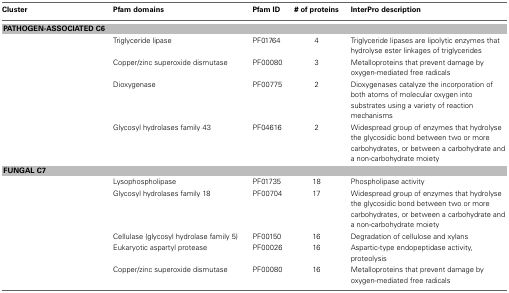
<table><thead><tr><td><b>Cluster</b></td><td><b>Pfam domains</b></td><td><b>Pfam ID</b></td><td><b># of proteins</b></td><td><b>InterPro description</b></td></tr></thead><tbody><tr><td colspan="5"><b>PATHOGEN-ASSOCIATED C6</b></td></tr><tr><td></td><td>Triglyceride lipase</td><td>PF01764</td><td>4</td><td>Triglyceride lipases are lipolytic enzymes that hydrolyse ester linkages of triglycerides</td></tr><tr><td></td><td>Copper/zinc superoxide dismutase</td><td>PF00080</td><td>3</td><td>Metalloproteins that prevent damage by oxygen-mediated free radicals</td></tr><tr><td></td><td>Dioxygenase</td><td>PF00775</td><td>2</td><td>Dioxygenases catalyze the incorporation of both atoms of molecular oxygen into substrates using a variety of reaction mechanisms</td></tr><tr><td></td><td>Glycosyl hydrolases family 43</td><td>PF04616</td><td>2</td><td>Widespread group of enzymes that hydrolyse the glycosidic bond between two or more carbohydrates, or between a carbohydrate and a non-carbohydrate moiety</td></tr><tr><td colspan="5"><b>FUNGAL C7</b></td></tr><tr><td></td><td>Lysophospholipase</td><td>PF01735</td><td>18</td><td>Phospholipase activity</td></tr><tr><td></td><td>Glycosyl hydrolases family 18</td><td>PF00704</td><td>17</td><td>Widespread group of enzymes that hydrolyse the glycosidic bond between two or more carbohydrates, or between a carbohydrate and a non-carbohydrate moiety</td></tr><tr><td></td><td>Cellulase (glycosyl hydrolase family 5)</td><td>PF00150</td><td>16</td><td>Degradation of cellulose and xylans</td></tr><tr><td></td><td>Eukaryotic aspartyl protease</td><td>PF00026</td><td>16</td><td>Aspartic-type endopeptidase activity, proteolysis</td></tr><tr><td></td><td>Copper/zinc superoxide dismutase</td><td>PF00080</td><td>16</td><td>Metalloproteins that prevent damage by oxygen-mediated free radicals</td></tr></tbody></table>